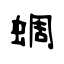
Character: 蜩